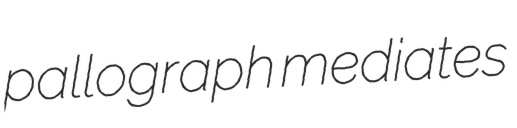
pallograph mediates